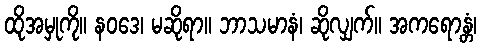
ထိုအမှုကို။ နဝဒေ၊ မဆိုရာ။ ဘာသမာနံ၊ ဆိုလျှက်။ အကရောန္တံ၊